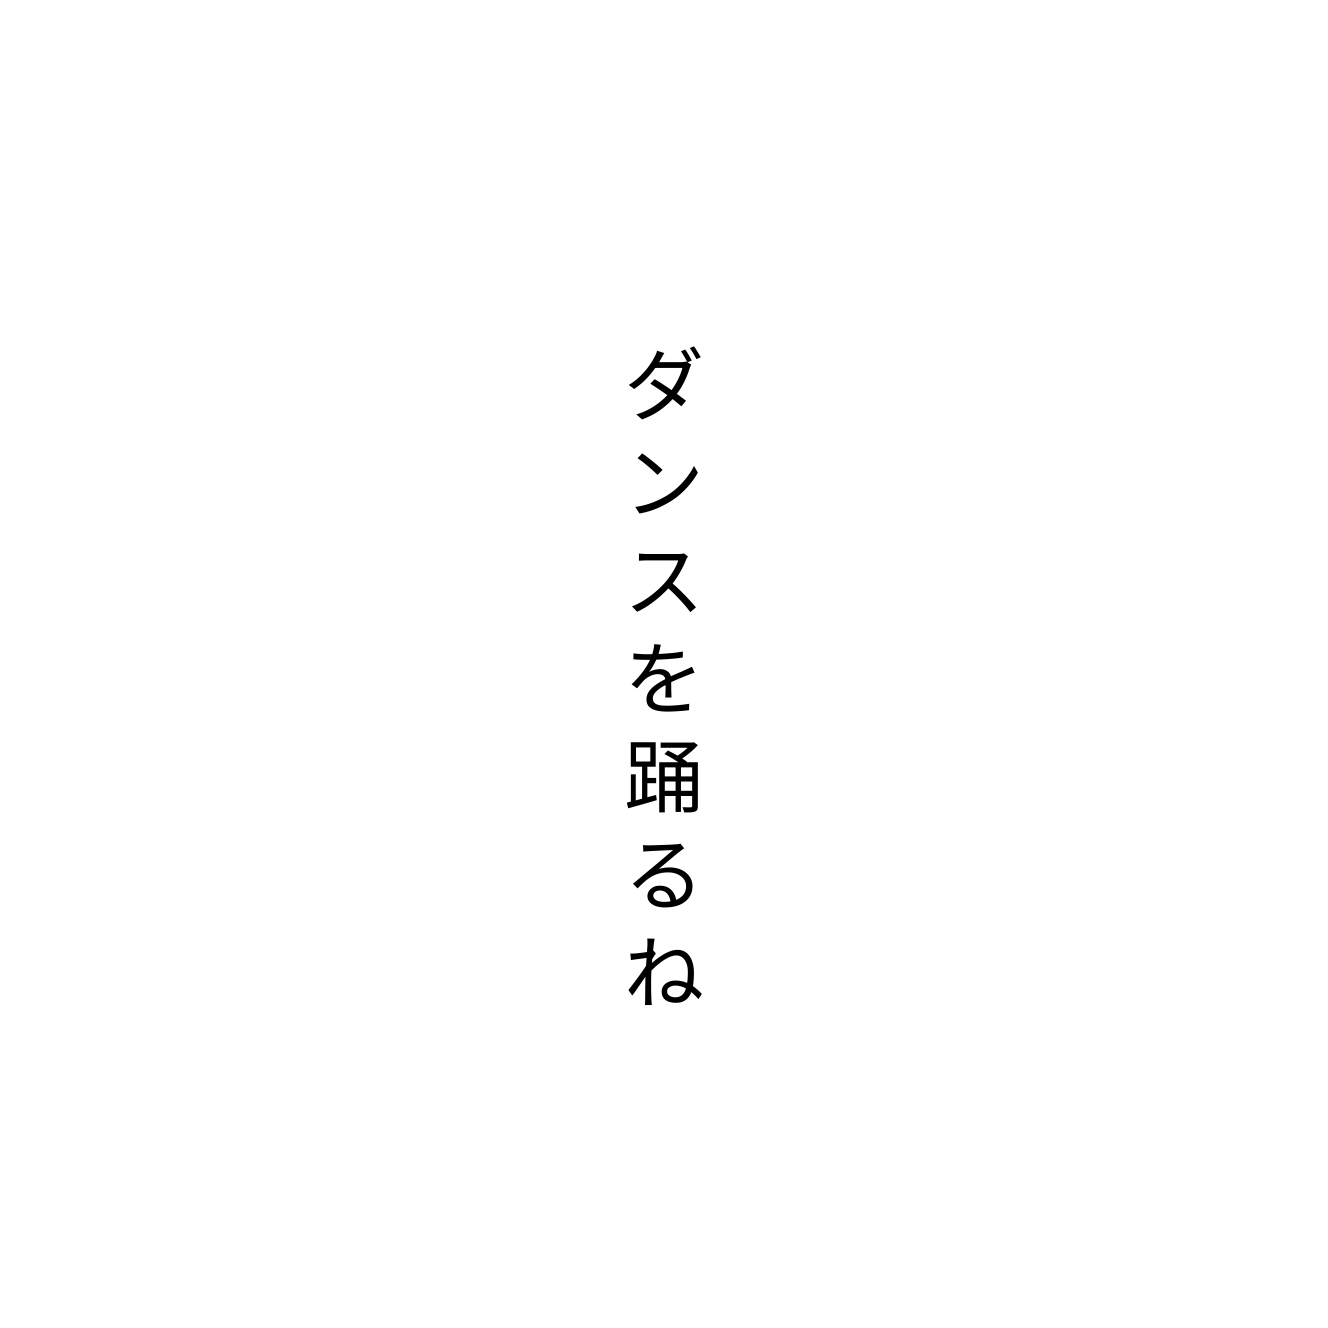
ダンスを踊るね